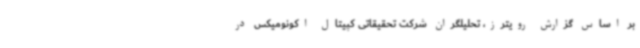
بر اساس گزارش رویترز، تحلیلگران شرکت تحقیقاتی کپیتال اکونومیکس در